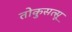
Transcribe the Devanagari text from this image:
तोकुसत्सू